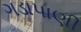
ગડાપાણી